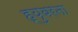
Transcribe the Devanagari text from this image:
ह्युबरना